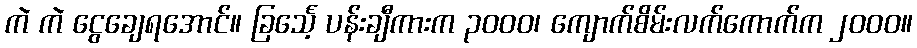
ကဲ ကဲ ငွေချေရအောင်။ ခြင်္သေ့ ပန်းချီကားက ၃၀၀၀၊ ကျောက်စိမ်းလက်ကောက်က ၂၀၀၀။